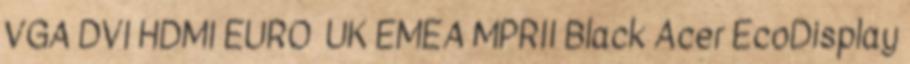
VGA DVI HDMI EURO UK EMEA MPRII Black Acer EcoDisplay